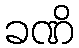
ခဏိ